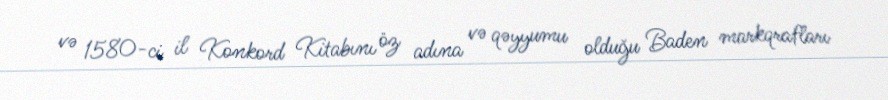
və 1580-ci il Konkord Kitabını öz adına və qəyyumu olduğu Baden markqrafları